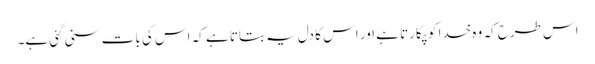
اس طرح کہ وہ خدا کو پکارتا ہے اور اس کا دل یہ بتاتا ہے کہ اس کی بات سنی گئی ہے۔